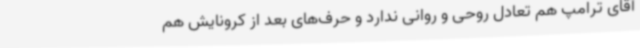
آقای ترامپ هم تعادل روحی و روانی ندارد و حرف‌های بعد از کرونایش هم